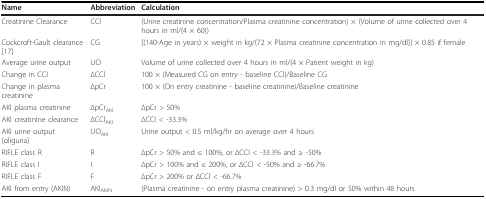
| Name | Abbreviation | Calculation |
 | --- | --- | --- |
 | Creatinine Clearance | CCl | (Urine creatinine concentration/Plasma creatinine concentration) × (Volume of urine collected over 4 hours in ml/(4 × 60)) |
 | Cockcroft-Gault clearance [17] | CG | [(140-Age in years) × weight in kg/(72 × Plasma creatinine concentration in mg/dl)] × 0.85 if female |
 | Average urine output | UO | Volume of urine collected over 4 hours in ml/(4 × Patient weight in kg) |
 | Change in CCl | ΔCCl | 100 × (Measured CG on entry - baseline CCl)/Baseline CG |
 | Change in plasma creatinine | ΔpCr | 100 × (On entry creatinine - baseline creatinine)/Baseline creatinine |
 | AKI plasma creatinine | ΔpCrAKI | ΔpCr > 50% |
 | AKI creatinine clearance | ΔCClAKI | ΔCCl < -33.3% |
 | AKI urine output (oliguria) | UOAKI | Urine output < 0.5 ml/kg/hr on average over 4 hours |
 | RIFLE class R | R | ΔpCr > 50% and ≤ 100%, or ΔCCl < -33.3% and ≥ -50% |
 | RIFLE class I | I | ΔpCr > 100% and ≤ 200%, or ΔCCl < -50% and ≥ -66.7% |
 | RIFLE class F | F | ΔpCr > 200% or ΔCCl < -66.7% |
 | AKI from entry (AKIN) | AKIAKIN | (Plasma creatinine - on entry plasma creatinine) > 0.3 mg/dl or 50% within 48 hours |